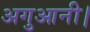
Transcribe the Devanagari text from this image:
अगुआनी।